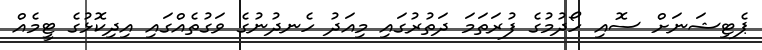
ޕެޓިޝަނަށް ސޮއި ހޯދުމުގެ ފުރަތަމަ ދަތުރުގައި މިއަދު ހެނދުނުގެ ވަގުތެއްގައި އިދިކޮޅުގެ ޓީމެއް